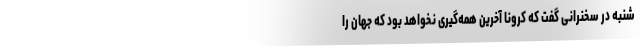
شنبه در سخنرانی گفت که کرونا آخرین همه‌گیری نخواهد بود که جهان را